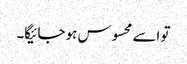
تو اسے محسوس ہو جائیگا۔